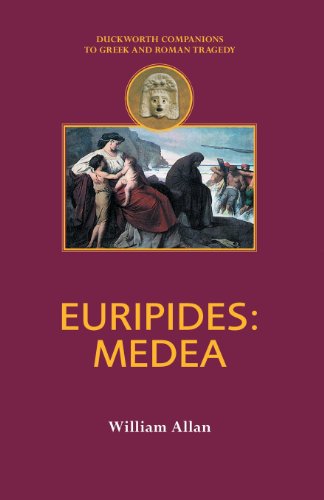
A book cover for Euripides: Medea (Duckworth Companions to Greek & Roman Tragedy); William Allan; Literature & Fiction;